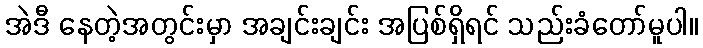
အဲဒီ နေတဲ့အတွင်းမှာ အချင်းချင်း အပြစ်ရှိရင် သည်းခံတော်မူပါ။